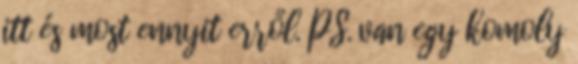
itt és most ennyit erről. PS. van egy komoly